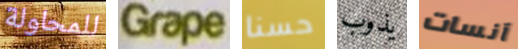
للمحاولة Grape حسنا يذوب آنسات